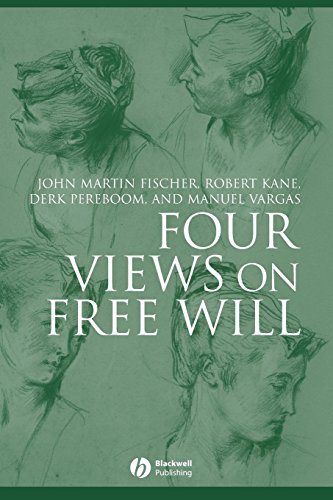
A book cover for Four Views on Free Will; John Martin Fischer; Politics & Social Sciences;